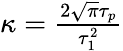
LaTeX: \begin{array}{r}{\kappa=\frac{2\sqrt{\pi}\tau_{p}}{\tau_{1}^{2}}}\end{array}